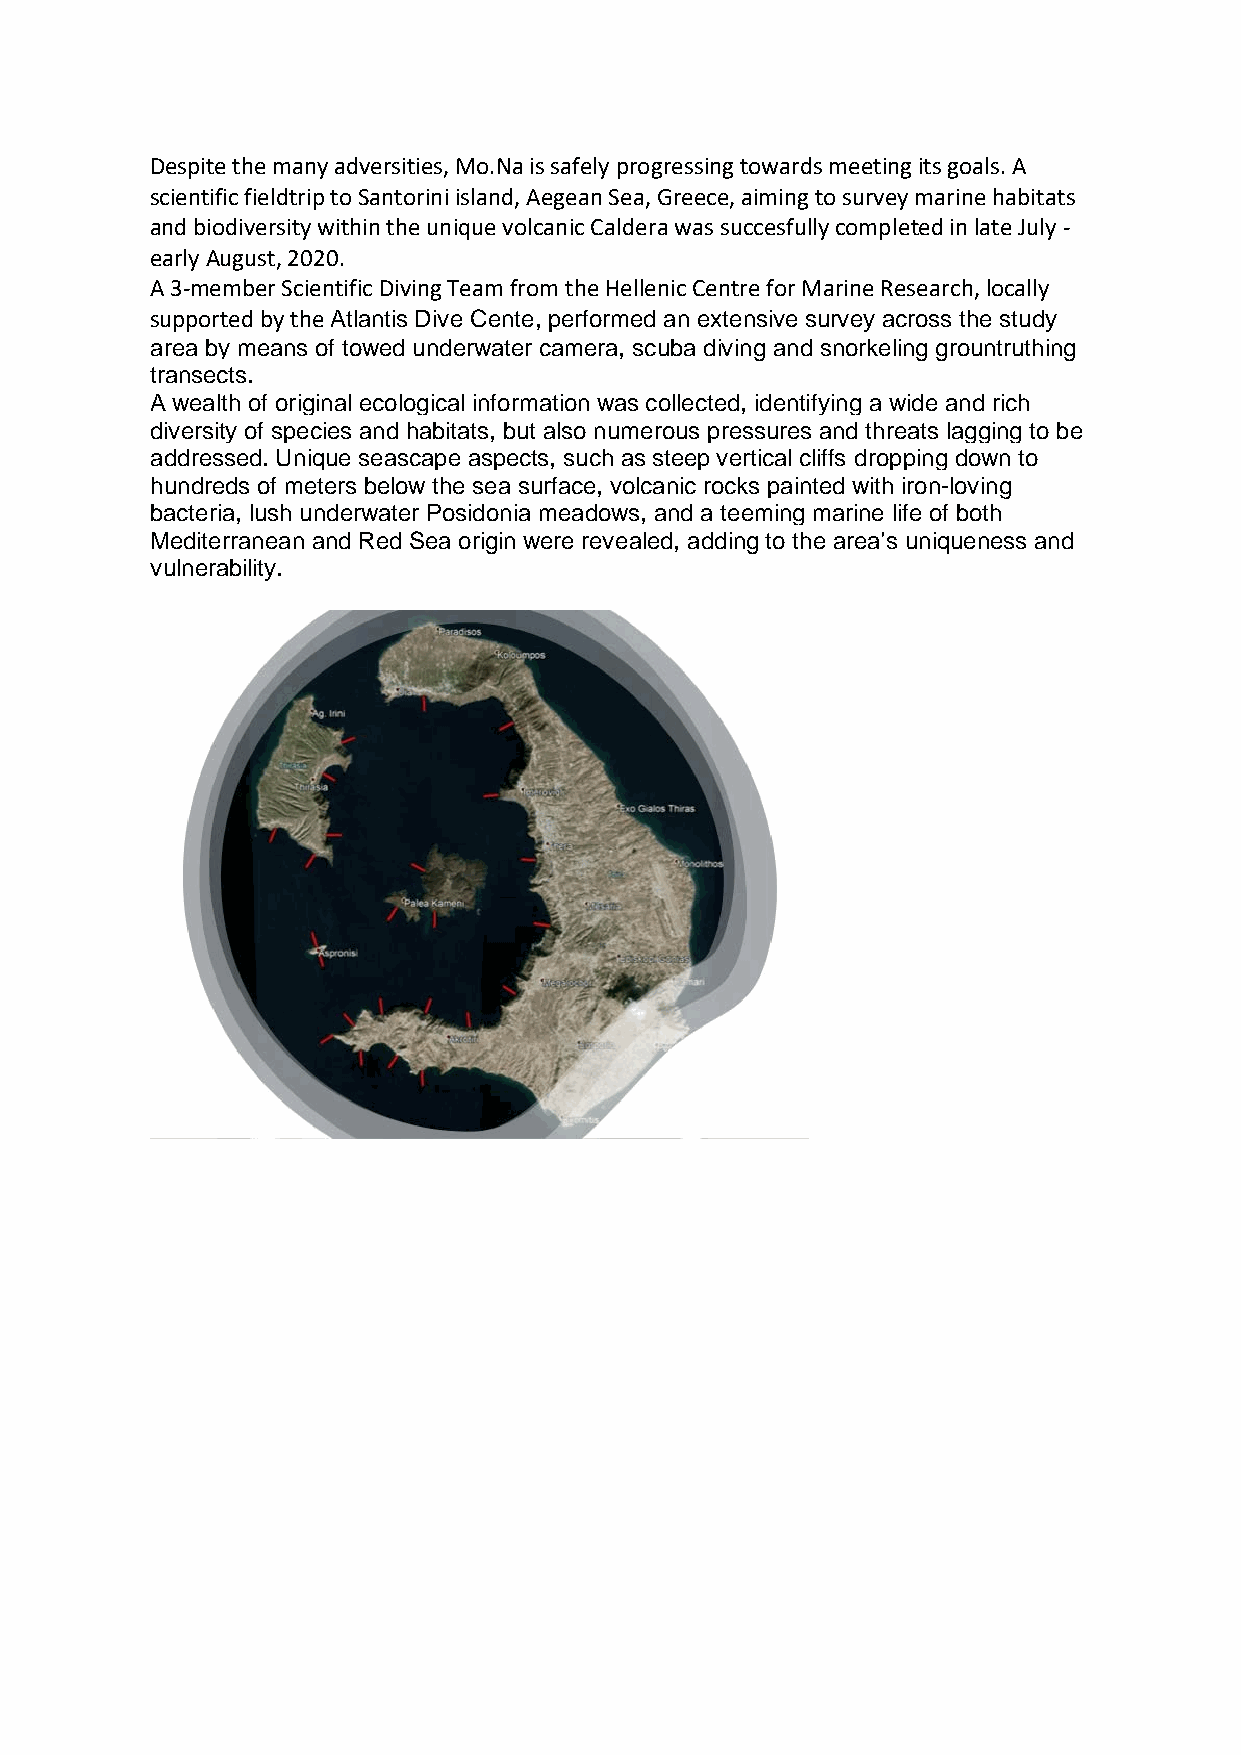
Despite the many adversities, Mo.Na is safely progressing towards meeting its goals. A
 scientific fieldtrip to Santorini island, Aegean Sea, Greece, aiming to survey marine habitats
 and biodiversity within the unique volcanic Caldera was succesfully completed in late July -
 early August, 2020.
 A 3-member Scientific Diving Team from the Hellenic Centre for Marine Research, locally
 supported by the Atlantis Dive Cente, performed an extensive survey across the study
 area by means of towed underwater camera, scuba diving and snorkeling grountruthing
 transects.
 A wealth of original ecological information was collected, identifying a wide and rich
 diversity of species and habitats, but also numerous pressures and threats lagging to be
 addressed. Unique seascape aspects, such as steep vertical cliffs dropping down to
 hundreds of meters below the sea surface, volcanic rocks painted with iron-loving
 bacteria, lush underwater Posidonia meadows, and a teeming marine life of both
 Mediterranean and Red Sea origin were revealed, adding to the area’s uniqueness and
 vulnerability.